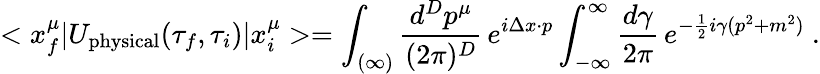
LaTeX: <x_{f}^{\mu}|U_{\mathrm{physical}}(\tau_{f},\tau_{i})|x_{i}^{\mu}>=\int_{(\infty)}\frac{d^{D}p^{\mu}}{(2\pi)^{D}}\, e^{i\Delta x\cdot p}\int_{-\infty}^{\infty}\frac{d\gamma}{2\pi}\, e^{-\frac{1}{2}i\gamma(p^{2}+m^{2})}\ .